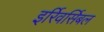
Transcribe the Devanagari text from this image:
इर्रिवर्सिबल